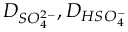
D _ { S O _ { 4 } ^ { 2 - } } , D _ { H S O _ { 4 } ^ { - } }